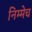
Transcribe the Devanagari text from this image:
निम्मेच